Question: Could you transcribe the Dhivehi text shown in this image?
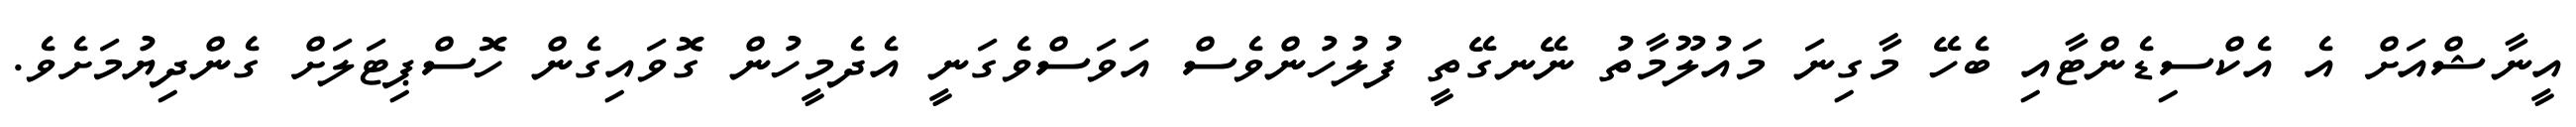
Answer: އީނާޝްއަށް އެ އެކްސިޑެންޓާއި ބެހޭ މާގިނަ މައުލޫމާތު ނޭނގޭތީ ފުލުހުންވެސް އަވަސްވެގަނީ އެދެމީހުން ގޮވައިގެން ހޮސްޕިޓަލަށް ގެންދިޔުމަށެވެ.